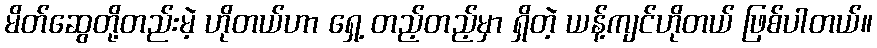
မိတ်ဆွေတို့တည်းမဲ့ ဟိုတယ်ဟာ ရှေ့ တည့်တည့်မှာ ရှိတဲ့ ယန့်ကျင်ဟိုတယ် ဖြစ်ပါတယ်။